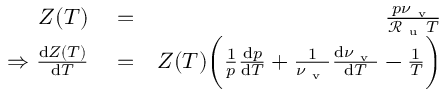
\begin{array} { r l r } { Z ( T ) } & { { } = } & { \frac { p \nu _ { \mathrm { ~ v ~ } } } { \mathcal { R } _ { \mathrm { ~ u ~ } } T } } \\ { \Rightarrow \frac { \mathrm { d } Z ( T ) } { \mathrm { d } T } } & { { } = } & { Z ( T ) \bigg ( \frac { 1 } { p } \frac { \mathrm { d } p } { \mathrm { d } T } + \frac { 1 } { \nu _ { \mathrm { ~ v ~ } } } \frac { \mathrm { d } \nu _ { \mathrm { ~ v ~ } } } { \mathrm { d } T } - \frac { 1 } { T } \bigg ) } \end{array}